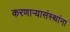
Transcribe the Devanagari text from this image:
करणाऱ्यासंस्थांना